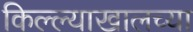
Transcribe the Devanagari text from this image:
किल्ल्याखालच्या